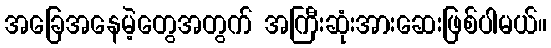
အခြေအနေမဲ့တွေအတွက် အကြီးဆုံးအားဆေးဖြစ်ပါမယ်။